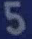
5